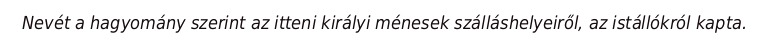
Nevét a hagyomány szerint az itteni királyi ménesek szálláshelyeiről, az istállókról kapta.